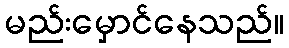
မည်းမှောင်နေသည်။